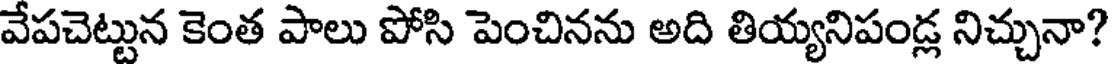
వేపచెట్టున కెంత పాలు పోసి పెంచినను అది తియ్యనిపండ్ల నిచ్చునా?